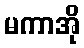
မကာအို